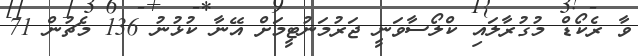
ވާ ރެކޯޑް މުގުރާލައި ކްލޯސާވަނީ ޖަރުމަނުޓީމަށް އޭނާ ކުޅުނު 136 މެޗުން 71